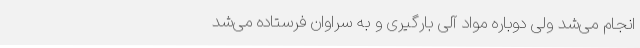
انجام می‌شد ولی دوباره مواد آلی بارگیری و به سراوان فرستاده می‌شد